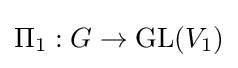
\Pi _{1}:G\to \operatorname {GL} (V_{1})